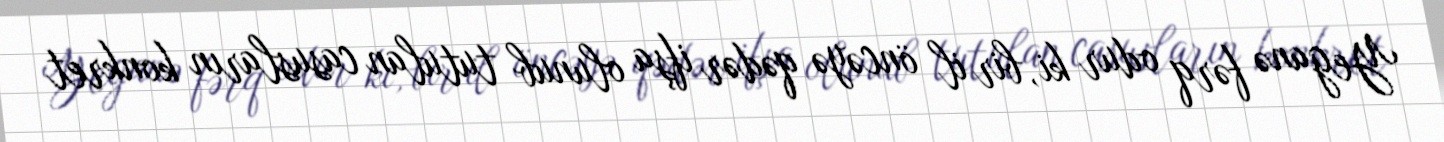
Yeganə fərq odur ki, bir il öncəyə qədər ifşa olunub tutulan casusların konkret